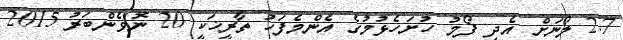
2.7 ލޯނަށް އެދި ފޯމު ހުށަހެޅުމުގެ އެންމެފަހު ތާރީޚަކީ 20 ނޮވެންބަރު 2015